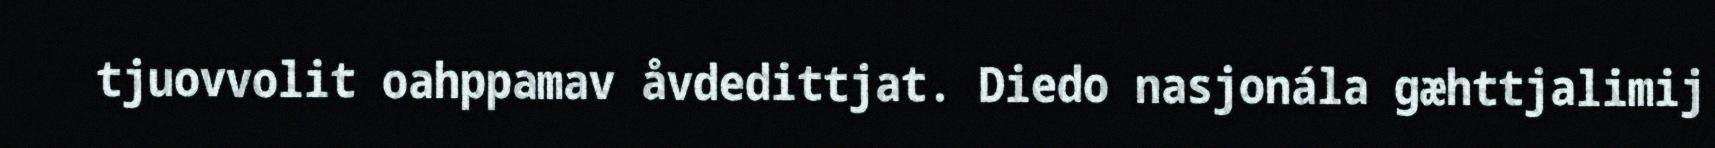
tjuovvolit oahppamav åvdedittjat. Diedo nasjonála gæhttjalimij